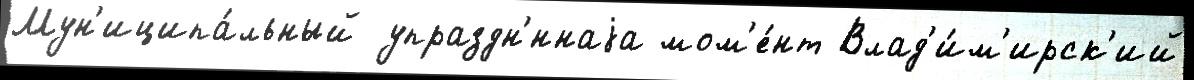
Мун'иципа́льный упраздн'́ннаjа мом'е́нт Влад'и́м'ирск'ий